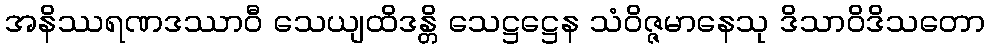
အနိဿရဏဒဿာဝီ သေယျထိဒန္တိ သေဋ္ဌဋ္ဌေန သံဝိဇ္ဇမာနေသု ဒိသာဝိဒိသတော